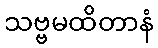
သဗ္ဗမထိတာနံ